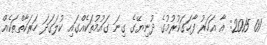
01 2015: އާ އަހަރު ފާހަގަކުރުމުގެ ދުނިޔޭގެ ގިނަ ގައުމުތަކެއްގައި ކުލަގަދަ ހަރަކާތްތަކެއް